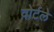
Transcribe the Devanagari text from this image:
वोर्टले